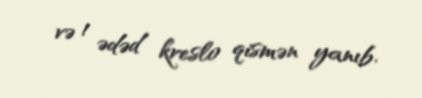
və 1 ədəd kreslo qismən yanıb.